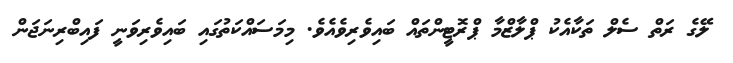
ލޭގެ ރަތް ސެލް ތަކާއެކު ޕްލާޒްމާ ޕްރޮޓީންތައް ބައިވެރިވެއެވެ. މިމަސައްކަތުގައި ބައިވެރިވަނީ ފައިބްރިނަޖަން